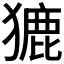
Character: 𤡊